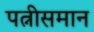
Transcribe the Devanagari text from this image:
पत्नीसमान